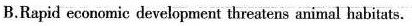
B.Rapid economic development threatens animal habitats.